Civil Veterinary Department Bihar & Orissa reports 1911-21 - 1911-1921
Year: 1911
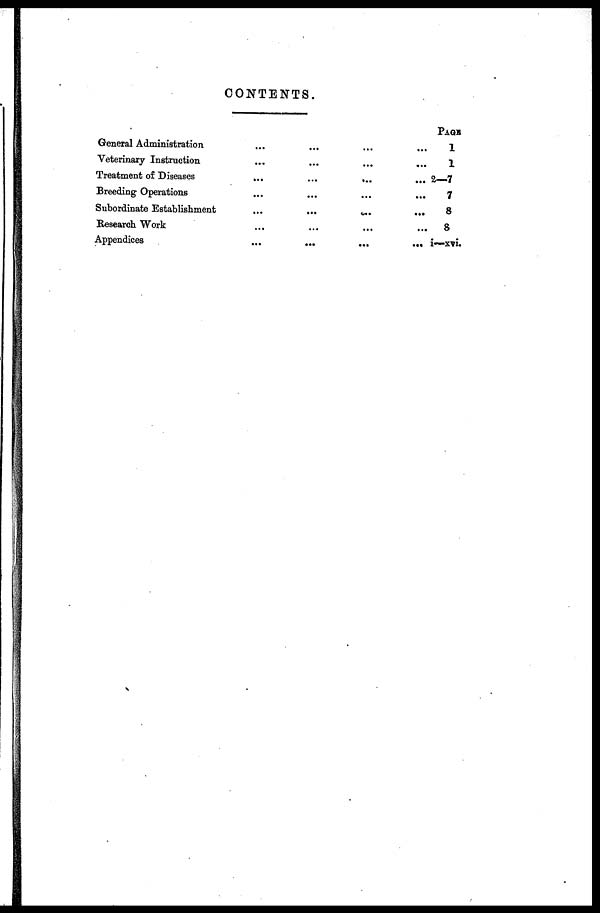
CONTENTS.
General Administration ... ... ... ...
Veterinary Instruction ... ... ... ...
Treatment of Diseases
...
...
...
...
Breeding Operations ... ... ... ...
Subordinate Establishment
...
...
...
...
Research Work ... ... ... ...
Appendices
...
...
...
...
PAGE
1
1
2—7
7
8
8
i—xvi.